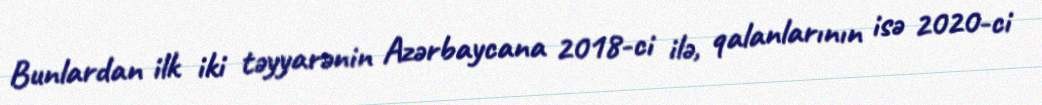
Bunlardan ilk iki təyyarənin Azərbaycana 2018-ci ilə, qalanlarının isə 2020-ci